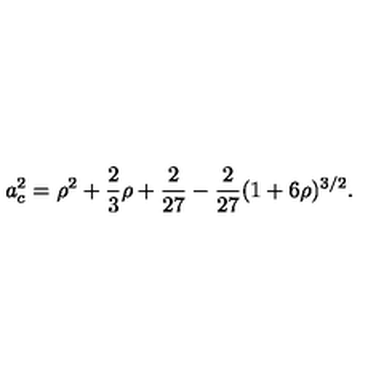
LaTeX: a _ { c } ^ { 2 } = \rho ^ { 2 } + \frac { 2 } { 3 } \rho + \frac { 2 } { 2 7 } - \frac { 2 } { 2 7 } ( 1 + 6 \rho ) ^ { 3 / 2 } .